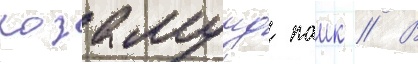
розамунд паик // В